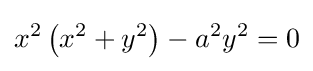
x^{2}\left(x^{2}+y^{2}\right)-a^{2}y^{2}=0